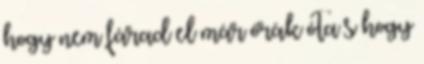
hogy nem fárad el már órák óta s hogy